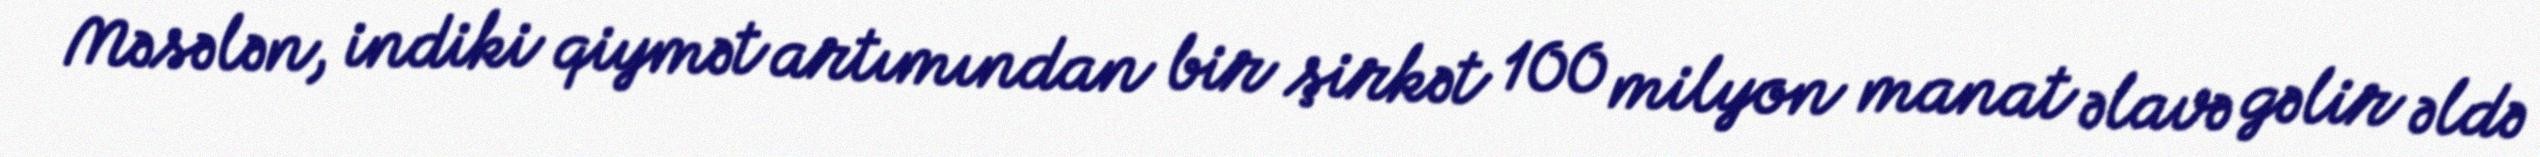
Məsələn, indiki qiymət artımından bir şirkət 100 milyon manat əlavə gəlir əldə